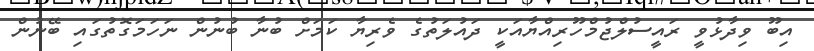
އިބޫ ވިދާޅުވީ ރައީސުލްޖުމްހޫރިއްޔާއަކީ ދައުލަތުގެ ވެރިޔާ ކަމަށް ބުނާ ބުނުން ނަހަމަގޮތުގައި ބޭނުން